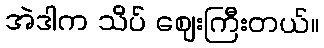
အဲဒါက သိပ် ဈေးကြီးတယ်။